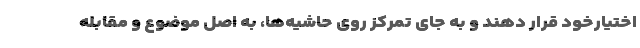
اختیارخود قرار دهند و به جای تمرکز روی حاشیه‌ها، به اصل موضوع و مقابله